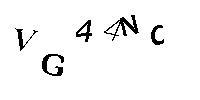
VG44NC